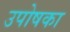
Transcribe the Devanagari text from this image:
उपोषका